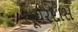
ભૂધરદાસ